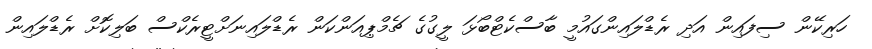
ހަރިކޭން ސިފައިން އަދި ރެޑްލައިންގައުމީ ބާސްކެޓްބޯޅަ ލީގުގެ ޗެމްޕިއަންކަން ރެޑްލައިނަށްޓީރެކްސް ބަލިކޮށް ރެޑްލައިން